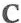
C